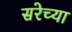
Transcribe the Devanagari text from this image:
सरेच्या